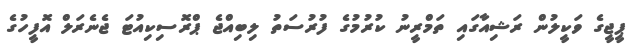
ޕީޖީގެ ވަކީލުން ރަޝިއާގައި ތަމްރީނު ކުރުމުގެ ފުރުސަތު ލިބިއްޖެ ޕްރޮސިކިއުޓަ ޖެނެރަލް އޮފީހުގެ